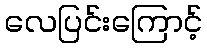
လေပြင်းကြောင့်